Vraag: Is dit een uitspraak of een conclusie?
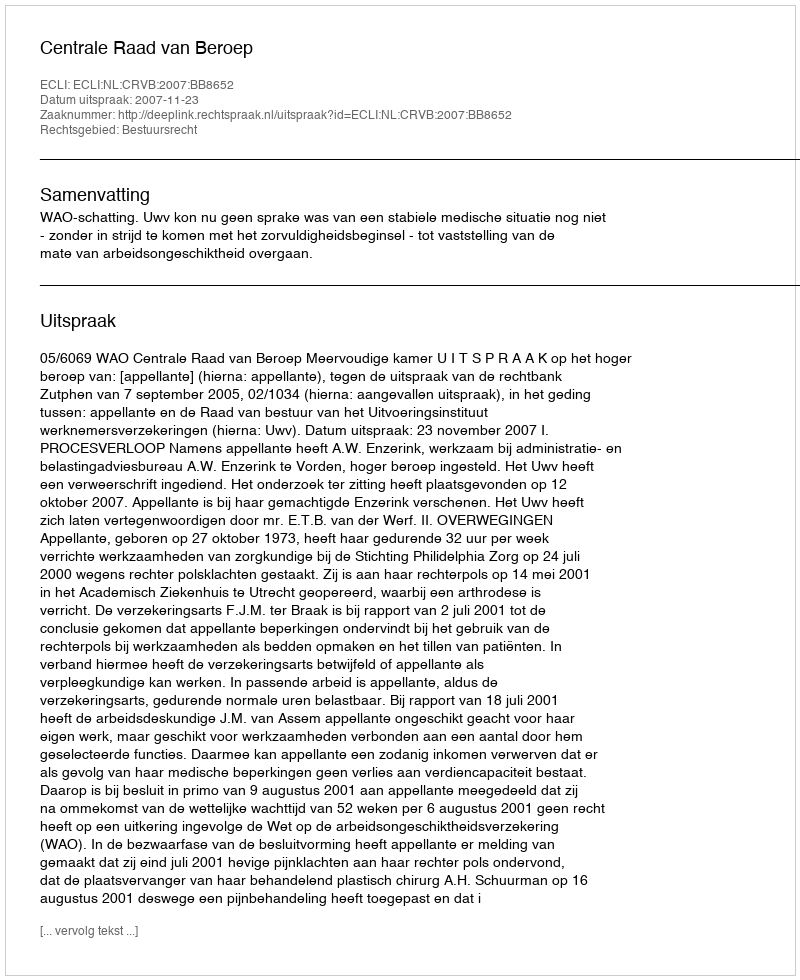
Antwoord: Uitspraak